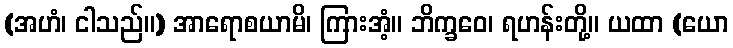
(အဟံ၊ ငါသည်။) အာရောစယာမိ၊ ကြားအံ့။ ဘိက္ခဝေ၊ ရဟန်းတို့။ ယထာ (ယော